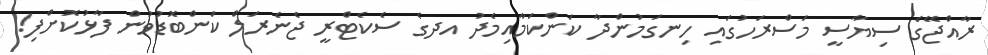
ރާއްޖޭގެ ސިޔާސީ މަސްރަހުގައި ހިނގަމުންދާ ކަންކަމާއިމެދު އދގެ ސެކެޓްރީ ޖެނެރަލް ކަންބޮޑުވުން ފާޅުކޮށްފި!